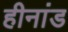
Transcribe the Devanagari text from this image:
हीनांड